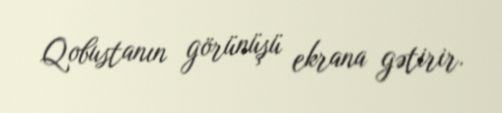
Qobustanın görünüşü ekrana gətirir.